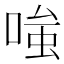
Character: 𭉕